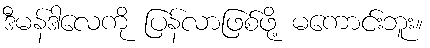
ဒီမန်ဒါလေကို ပြန်လာဖြစ်ဖို့ မကောင်းဘူး။